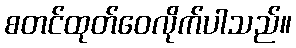
စတင်ထုတ်ဝေလိုက်ပါသည်။